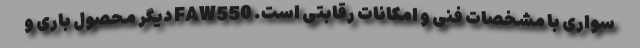
سواری با مشخصات فنی و امکانات رقابتی است. FAW550 دیگر محصول باری و